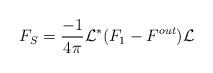
LaTeX: \begin{align*}F_S= \frac{-1}{4\pi} \mathcal L^* (F_1-F^{out}) \mathcal L\end{align*}